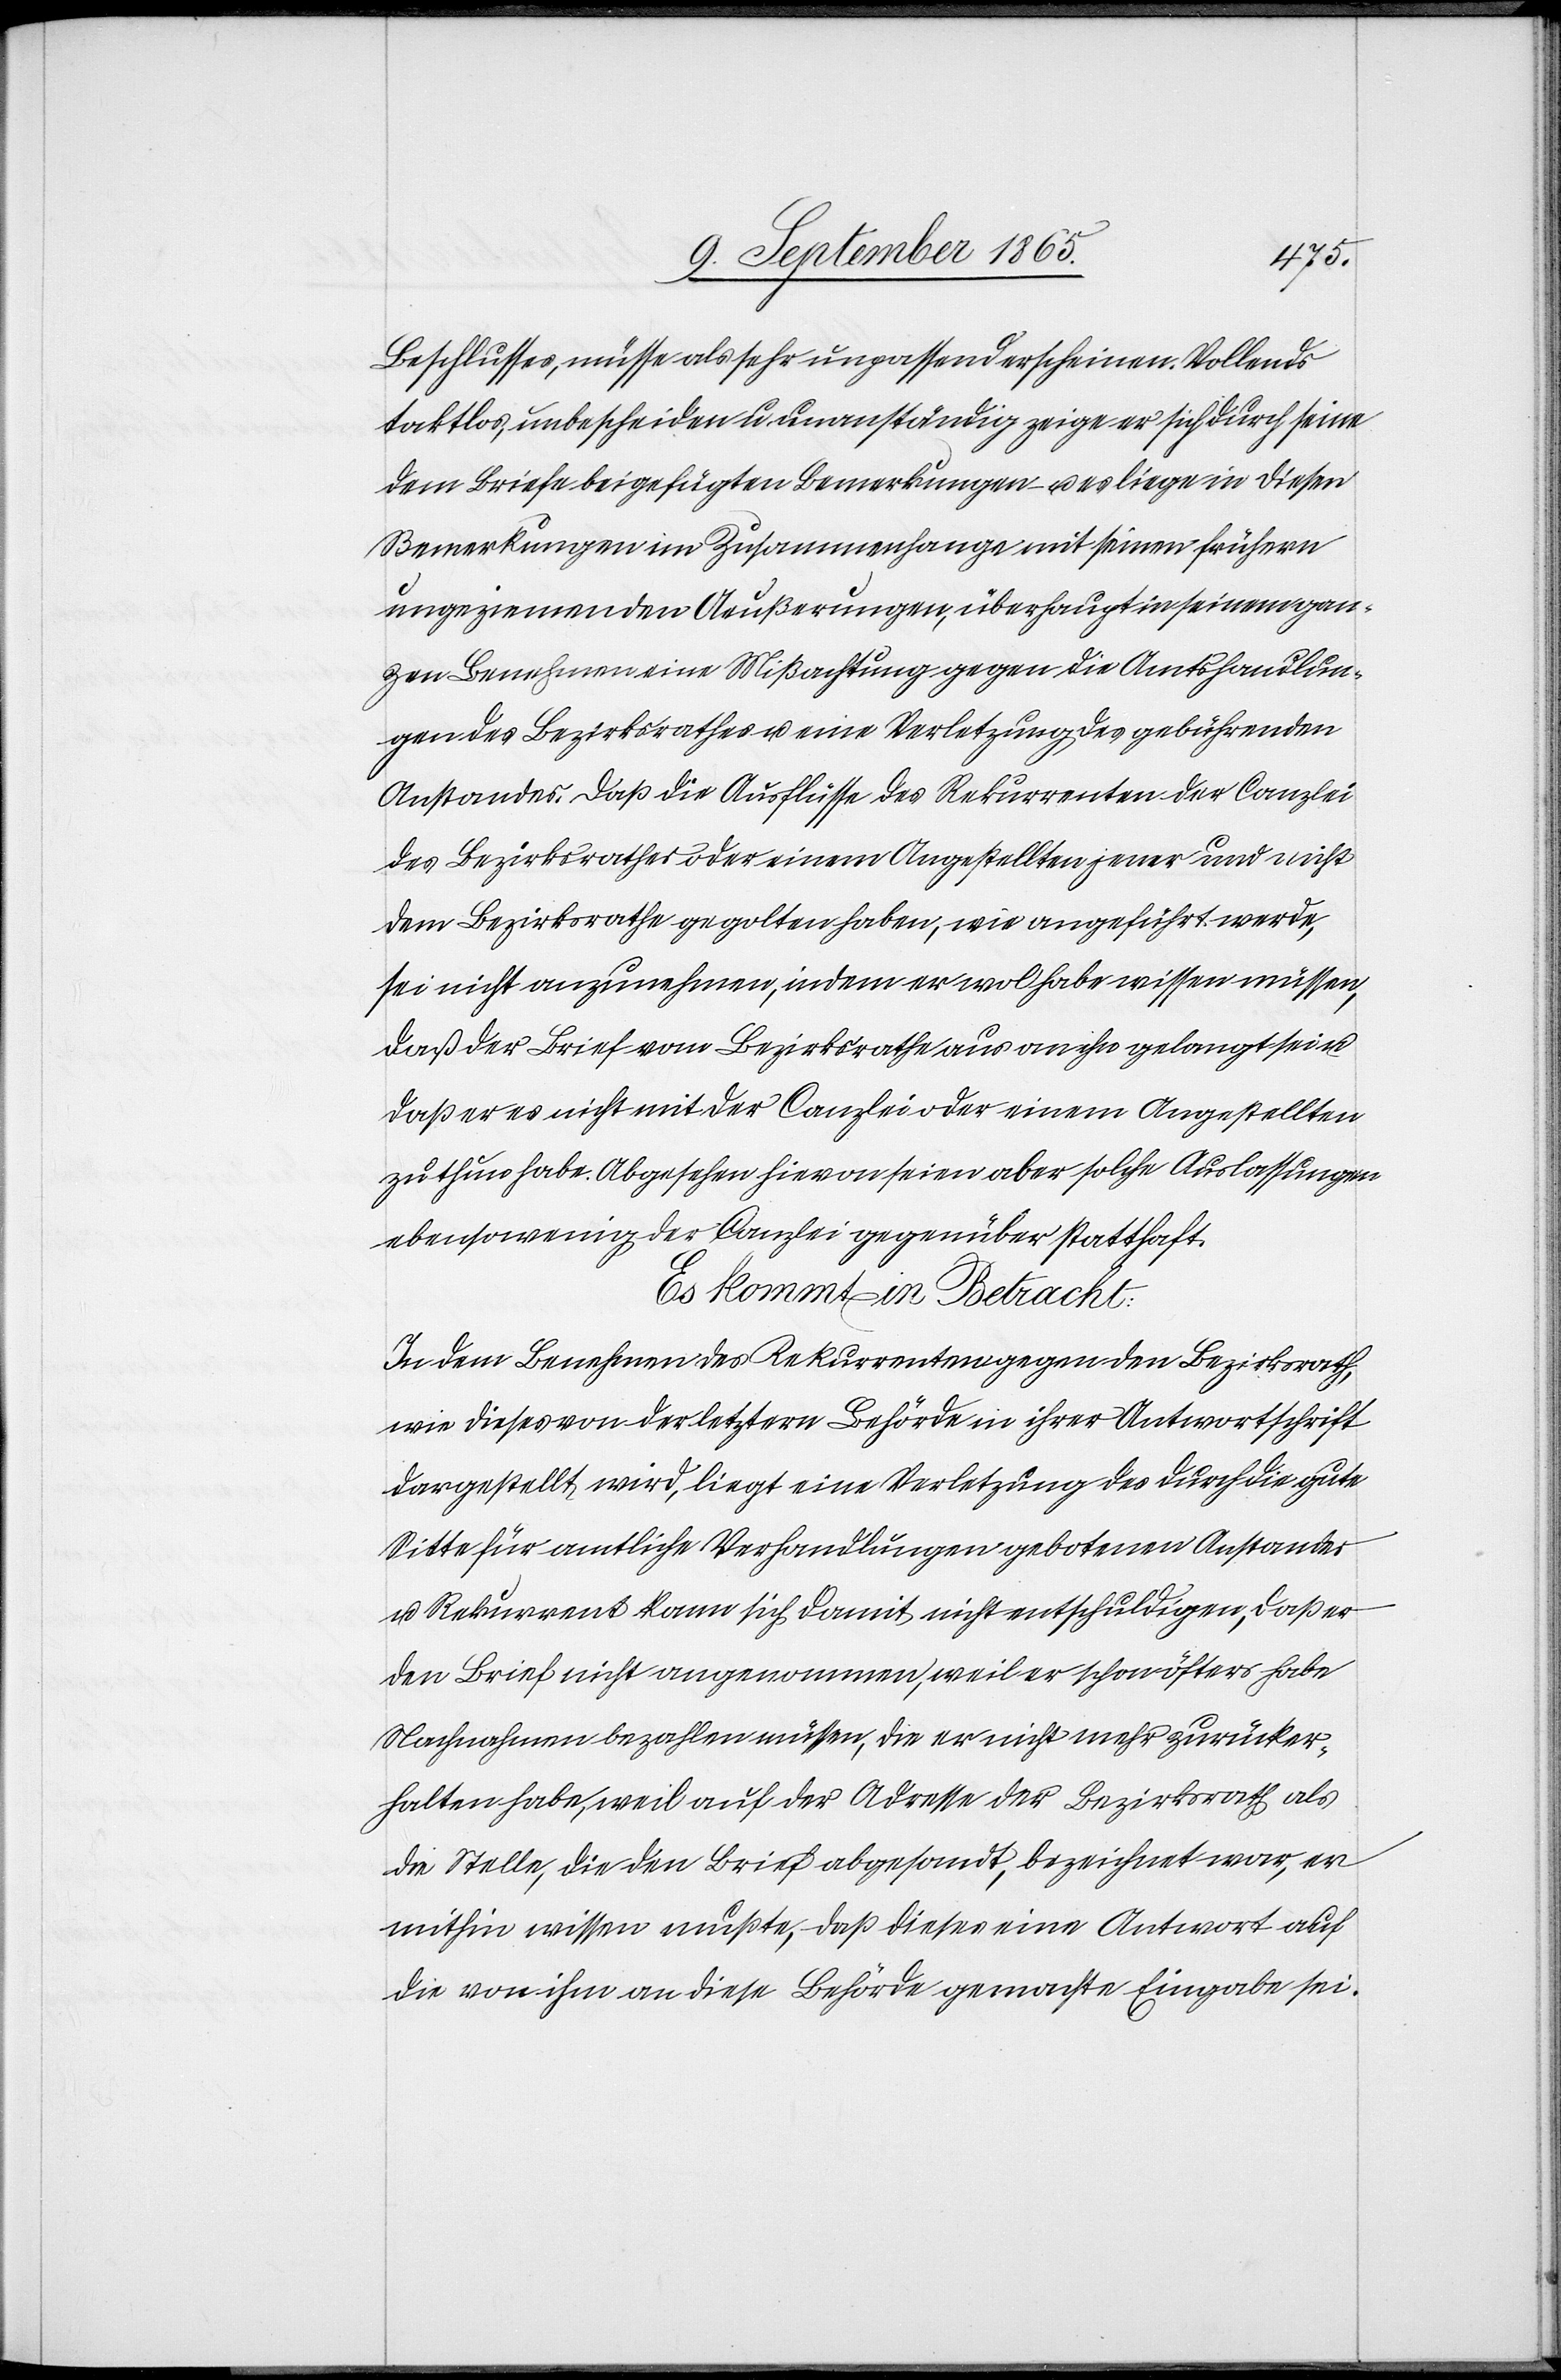
Beschlusses, müsse als unpassend erscheinen. Vollends
taktlos, unbescheiden u. unanständig zeige er sich durch seine
dem Briefe beigefügten Bemerkungen u. es liege in diesen
Bemerkungen im Zusammenhange mit seinen frühern
ungeziemenden Aeußerungen, überhaupt in seinem gan¬
zen Benehmen eine Mißachtung gegen die Amtshandlun¬
gen des Bezirksrathes u. eine Verletzung des gebührenden
Anstandes. Daß die Ausflüsse des Rekurrenten der Canzlei
des Bezirksrathes oder einem Angestellten jener und nicht
dem Bezirksrathe gegolten haben, wie angeführt werde,
sei nicht anzunehmen, indem er wol habe wissen müssen,
daß der Brief vom Bezirksrathe aus an ihn gelangt sei
daß er es nicht mit der Canzlei oder einem Angestellten
zu thun habe. Abgesehen hievon seien aber solche Auslassungen
ebensowenig der Canzlei gegenüber statthaft.
Es kommt in Betracht:
In dem Benehmen des Rekurrenten gegen den Bezirksrath,
wie dieses von der letztern Behörde in ihrer Antwortschrift
dargestellt wird, liegt eine Verletzung des durch die gute
Sitte für amtliche Verhandlungen gebotenen Anstandes
u. Rekurrent kann sich damit nicht entschuldigen, daß er
den Brief nicht angenommen, weil er schon öfters habe
Nachnahmen bezahlen müssen, die er nicht mehr zurücker¬
halten habe, weil auf der Adresse der Bezirksrath als
die Stelle, die den Brief abgesandt, bezeichnet war, er
mithin wissen mußte, daß dieses eine Antwort auf
die von ihm an diese Behörde gemachte Eingabe sei.